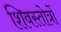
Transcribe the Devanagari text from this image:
शिवस्तोत्रों